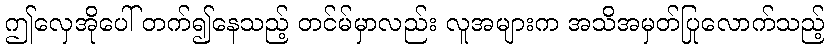
ဤလှေအိုပေါ် တက်၍နေသည့် တင်မ်မှာလည်း လူအများက အသိအမှတ်ပြုလောက်သည့်